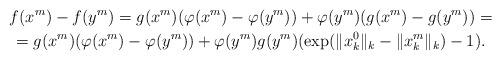
LaTeX: \begin{gather*} f(x^m)-f(y^m)=g(x^m)(\varphi(x^m)-\varphi(y^m)) +\varphi(y^m)(g(x^m)-g(y^m)) =\\=g(x^m)(\varphi(x^m)-\varphi(y^m))+\varphi(y^m)g(y^m)(\exp(\|x_k^0\|_k-\|x_k^m\|_k)-1). \end{gather*}